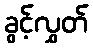
ခွင့်လွှတ်